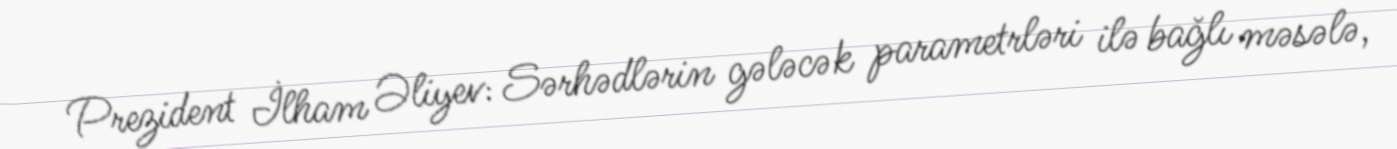
Prezident İlham Əliyev: Sərhədlərin gələcək parametrləri ilə bağlı məsələ,